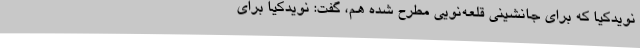
نویدکیا که برای جانشینی قلعه‌نویی مطرح شده‌ هم، گفت:‌ نویدکیا برای